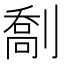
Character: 𫦙